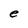
Character: e